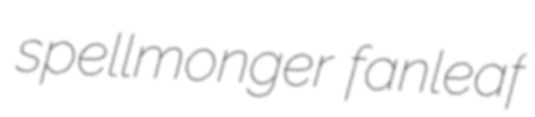
spellmonger fanleaf